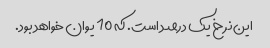
این نرخ یک درصد است. که 10 یوان خواهد بود.